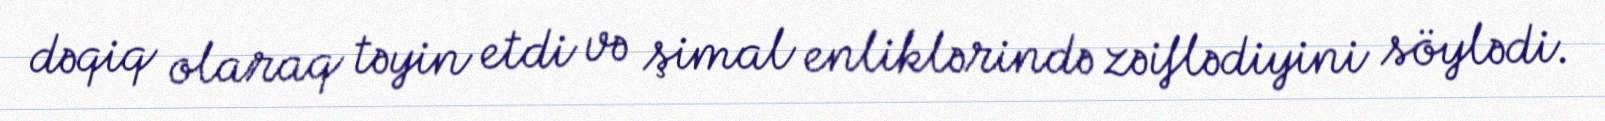
dəqiq olaraq təyin etdi və şimal enliklərində zəiflədiyini söylədi.